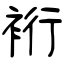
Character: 裄